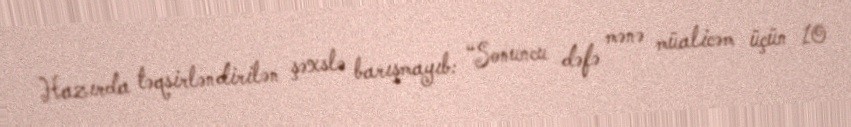
Hazırda təqsirləndirilən şəxslə barışmayıb: “Sonuncu dəfə mənə müalicəm üçün 10